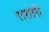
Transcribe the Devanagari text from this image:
रस्‍तोगी